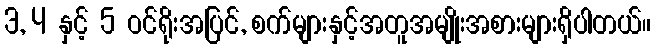
3, 4 နှင့် 5 ဝင်ရိုးအပြင်, စက်များနှင့်အတူအမျိုးအစားများရှိပါတယ်။